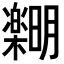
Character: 𪴞